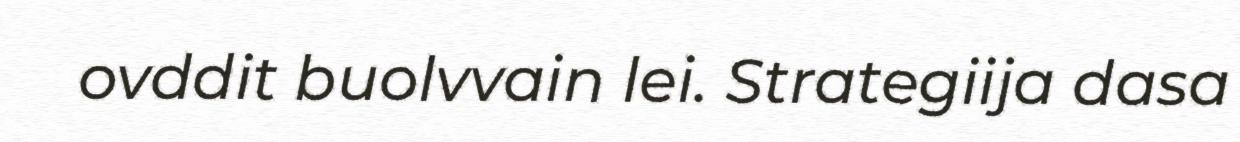
ovddit buolvvain lei. Strategiija dasa